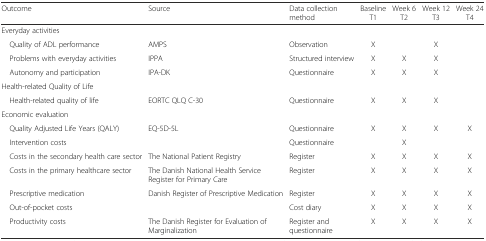
| Outcome | Source | Data collection method | BaselineT1 | Week 6T2 | Week 12T3 | Week 24T4 |
 | --- | --- | --- | --- | --- | --- | --- |
 | <COLSPAN=7> Everyday activities |
 | Quality of ADL performance | AMPS | Observation | X |  | X |  |
 | Problems with everyday activities | IPPA | Structured interview | X | X | X |  |
 | Autonomy and participation | IPA-DK | Questionnaire | X | X | X |  |
 | <COLSPAN=7> Health-related Quality of Life |
 | Health-related quality of life | EORTC QLQ C-30 | Questionnaire | X | X | X |  |
 | <COLSPAN=7> Economic evaluation |
 | Quality Adjusted Life Years (QALY) | EQ-5D-5L | Questionnaire | X | X | X | X |
 | Intervention costs |  | Questionnaire |  | X |  |  |
 | Costs in the secondary health care sector | The National Patient Registry | Register | X | X | X | X |
 | Costs in the primary healthcare sector | The Danish National Health Service Register for Primary Care | Register | X | X | X | X |
 | Prescriptive medication | Danish Register of Prescriptive Medication | Register | X | X | X | X |
 | Out-of-pocket costs |  | Cost diary | X | X | X | X |
 | Productivity costs | The Danish Register for Evaluation of Marginalization | Register and questionnaire | X | X | X | X |